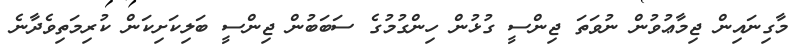
މާގިނައިން ޖިމާޢުވުން ނުވަތަ ޖިންސީ ގުޅުން ހިންގުމުގެ ސަބަބުން ޖިންސީ ބަލިކަށިކަން ކުރިމަތިވެދާނެ